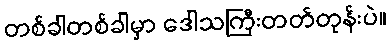
တစ်ခါတစ်ခါမှာ ဒေါသကြီးတတ်တုန်းပဲ။